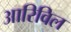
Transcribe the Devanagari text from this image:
आरिविल